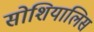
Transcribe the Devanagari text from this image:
सोशियालिस